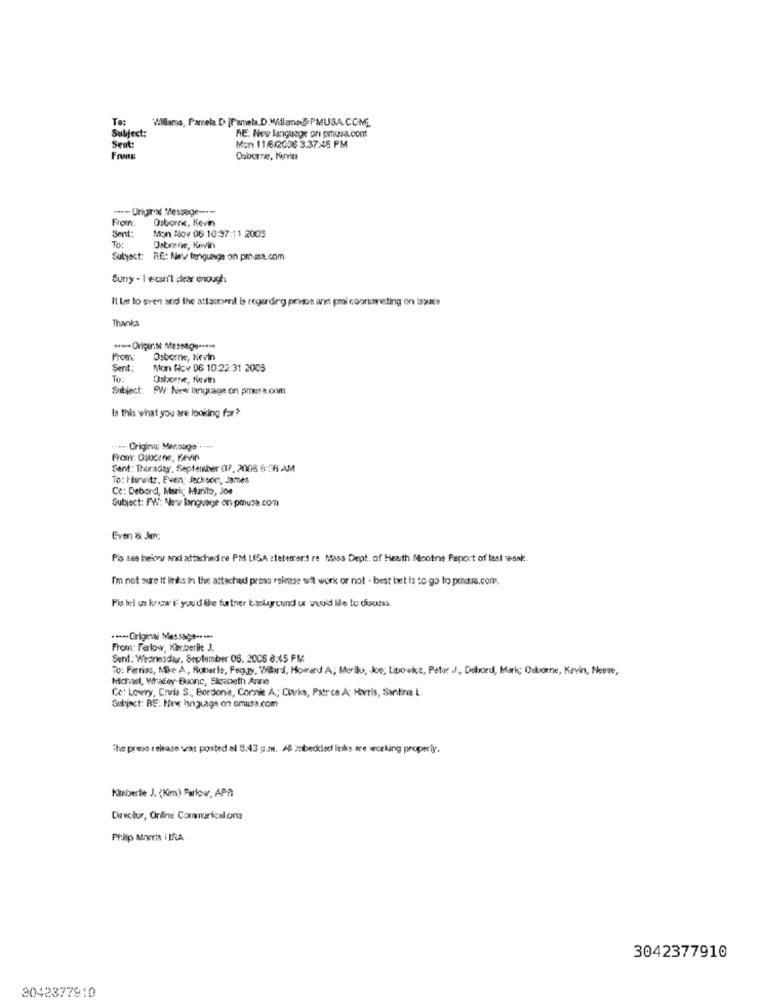
Te:
VMars, Parcela D [Pamela.D.Willams& PMUSA.COM
Subject:
RE: New language on prusa.com
Seut:
Mon 11/6/2006 3.37:45 PM
FAME
Gaborra, Kervis
---- Original Message ---
Osborne, Kevin
Sent:
Mon Nov 06 10:37:11 2005
To:
Osborne, Kevin
Sutyost: RE: Nev banigungs on pmussa.com
Surry - Iwasn't stear enough:
It Le to over and the attannenl is regarding prise and pei coorioneting on Esxi
Thanks
**** Origins Message --***
From:
Osborne, Kevin
Sent:
Mon Acv 06 10:22:31 2005
To
Osborne, Nievir
Subject: FW/ New language on prestoom
Is this what you are looking for?
Original Message . ...
From: Osborne, Kevin
Sent: Thursday, September 07. 2006 6:55 AM
To: Hurwitz, Even; Jackson, James
Ce: Debord, Markc Hariito, Jos
Subject: FW: New language on pmuss.com
Even & Jon:
Pis see below and attachedire PM USA :letementre Mass Dept. of Heath Nicotine Report of last wask.
I'm not sure If linda in the attached press release wit work or not - best bet la to go to penare.com.
Pis let us krom IF you'd like further bankaund ut weid le to disaiss.
++ -- Original Message .....
From: Farlow, Karberike J.
Senf: Weonesday. September 06, 2006 8:45 FM
TO: Ferriss, Mike A, Roberts, Peggy, Willard, Howard A; Murilo, Joe; Lipowicz, Peter J ., Dubord, Mark; Osborne, Kevin, Neese,
Michael, Whatey-Buone, Elsebeth Arme
Ce: Lowry, Cruda S .; Bordonie, Cornie A .; Ch/ks, Patrice A; Hurls, Santina L.
Suhinct: RE: New hnguage on omusa.com
The press release vat posted al 8.43 g.m. Al Imbedded links are working properly.
Kanbertie J. (Kim) Farlow, APA
Director, Online Commaricalons
Phip Mnerix FIRA
3042377910
3042377910